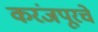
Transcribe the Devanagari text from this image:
करंजपूरचे